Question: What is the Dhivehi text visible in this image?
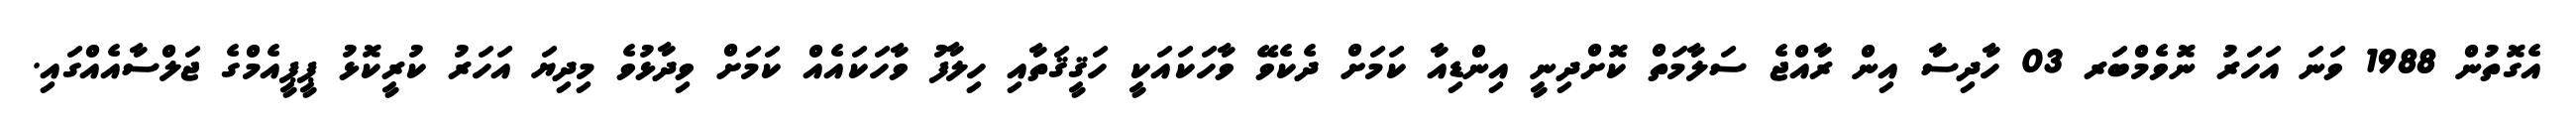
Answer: އެގޮތުން 1988 ވަނަ އަހަރު ނޮވެމްބަރ 03 ހާދިސާ އިން ރާއްޖެ ސަލާމަތް ކޮށްދިނީ އިންޑިއާ ކަމަށް ދެކެވޭ ވާހަކައަކީ ހަޤީޤަތާއި ހިލާފު ވާހަކައެއް ކަމަށް ވިދާޅުވެ މިދިޔަ އަހަރު ކުރީކޮޅު ޕީޕީއެމްގެ ޖަލްސާއެއްގައި.